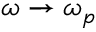
\omega \rightarrow \omega _ { p }